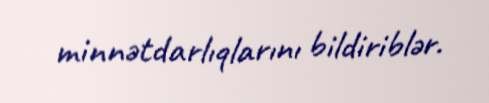
minnətdarlıqlarını bildiriblər.